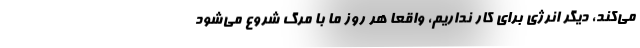
می‌کند، دیگر انرژی برای کار نداریم، واقعا هر روز ما با مرگ شروع می‌شود